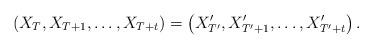
LaTeX: \begin{align*} \left(X_T,X_{T+1},\ldots,X_{T+t}\right)=\left(X'_{T'},X'_{T'+1},\ldots, X'_{T'+t}\right). \end{align*}